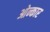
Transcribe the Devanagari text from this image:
ओन्कार